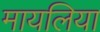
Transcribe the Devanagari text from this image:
मायलिया